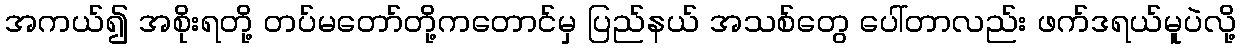
အကယ်၍ အစိုးရတို့ တပ်မတော်တို့ကတောင်မှ ပြည်နယ် အသစ်တွေ ပေါ်တာလည်း ဖက်ဒရယ်မူပဲလို့